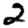
Digit: 2